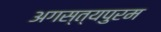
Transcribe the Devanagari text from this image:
अगस्त्यपुरम